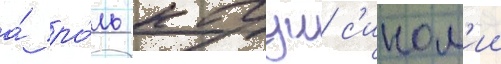
а́ ро́ль кагуи с'ином'ии